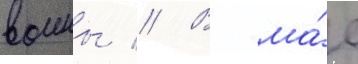
воины // В ма́е